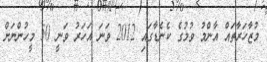
މުޒާހަރާތައް އާންމު ވުމުގެ ކެނެޑާގައި 2012 ވަނަ އަހަރު ވަނީ 50 މީހުންނަށް